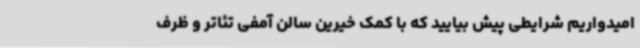
امیدواریم شرایطی پیش بیایید که با کمک خیرین سالن آمفی تئاتر و ظرف